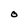
Character: O